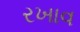
રખાવ